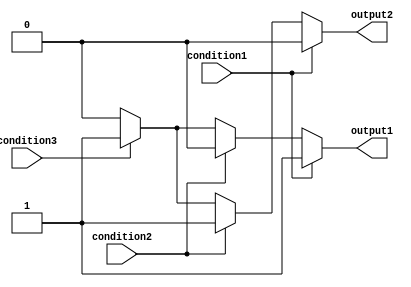
module multiple_if_else (
    input wire condition1,
    input wire condition2,
    input wire condition3,
    output reg output1,
    output reg output2
);

always @(*) begin
    if (condition1) begin
        output1 <= 1;
        output2 <= 0;
    end
    else if (condition2) begin
        output1 <= 0;
        output2 <= 1;
    end
    else if (condition3) begin
        output1 <= 1;
        output2 <= 1;
    end
    else begin
        output1 <= 0;
        output2 <= 0;
    end
end

endmodule